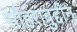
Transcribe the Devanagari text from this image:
सौहराबुद्दीन